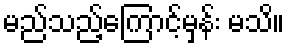
မည်သည့်ကြောင့်မှန်း မသိ။